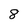
Character: 8